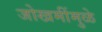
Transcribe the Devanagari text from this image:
जोखमींमुळे